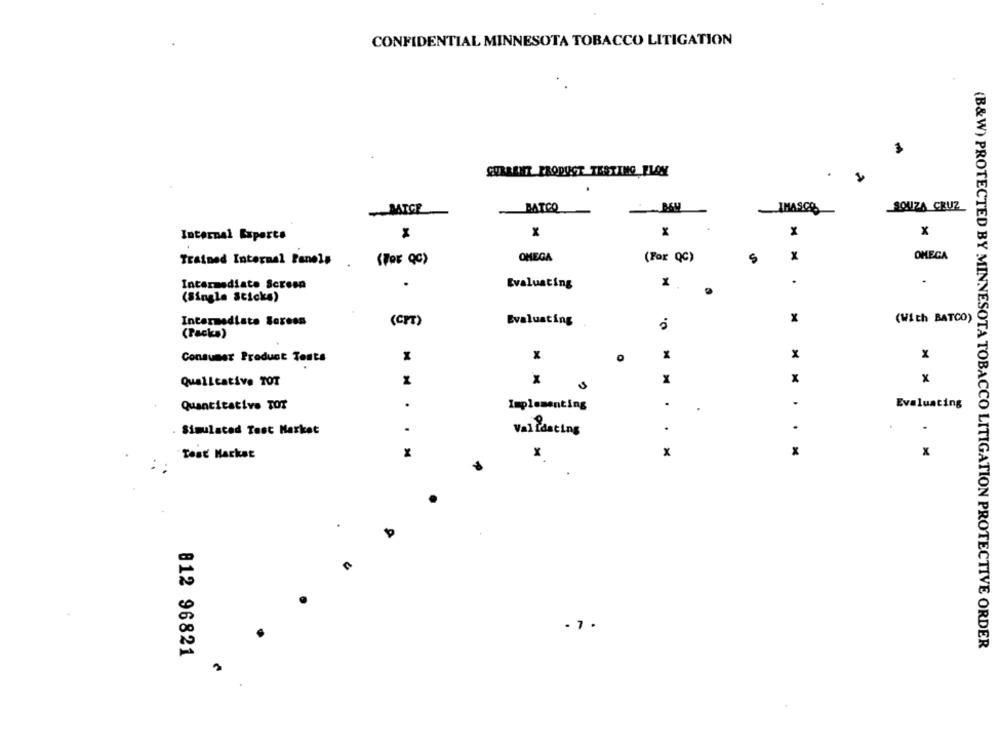
CONFIDENTIAL MINNESOTA TOBACCO LITIGATION
CURRENT PRODUCT TESTING PLAY
BATCO
IMASCO
SOUZA CRUZ
M
x
x
X
x
Internal Experts
x
OMEGA
Trained Internal Panels
(For QC)
OMEGA
(For QC)
5
Intermediate Screen
Evaluating
.
(Single Sticks)
Intermediate Soreon
(CPT)
Evaluating
x
(With BATCO)
(Packs)
Consumer Product Tests
x
0
x
x
Qualitative TOT
x
x
x
x
.
Implementing
.
.
Evaluating
Quantitative TOT
.
Simulated Tast Market
Val fasting
x
x
Test Market
x
x
x
...
. 7 .
(B&W) PROTECTED BY MINNESOTA TOBACCO LITIGATION PROTECTIVE ORDER
812 96821